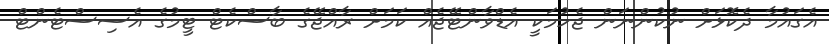
އެގައުމާ ދެކޮޅަށް ނުކުންނަން ޖެހުމަކީ އެޑްވާންޓޭޖެއް ކަމަށް ރާއްޖޭގެ ބާސްކެޓް ޓީމުގެ އެސިސްޓެންޓް